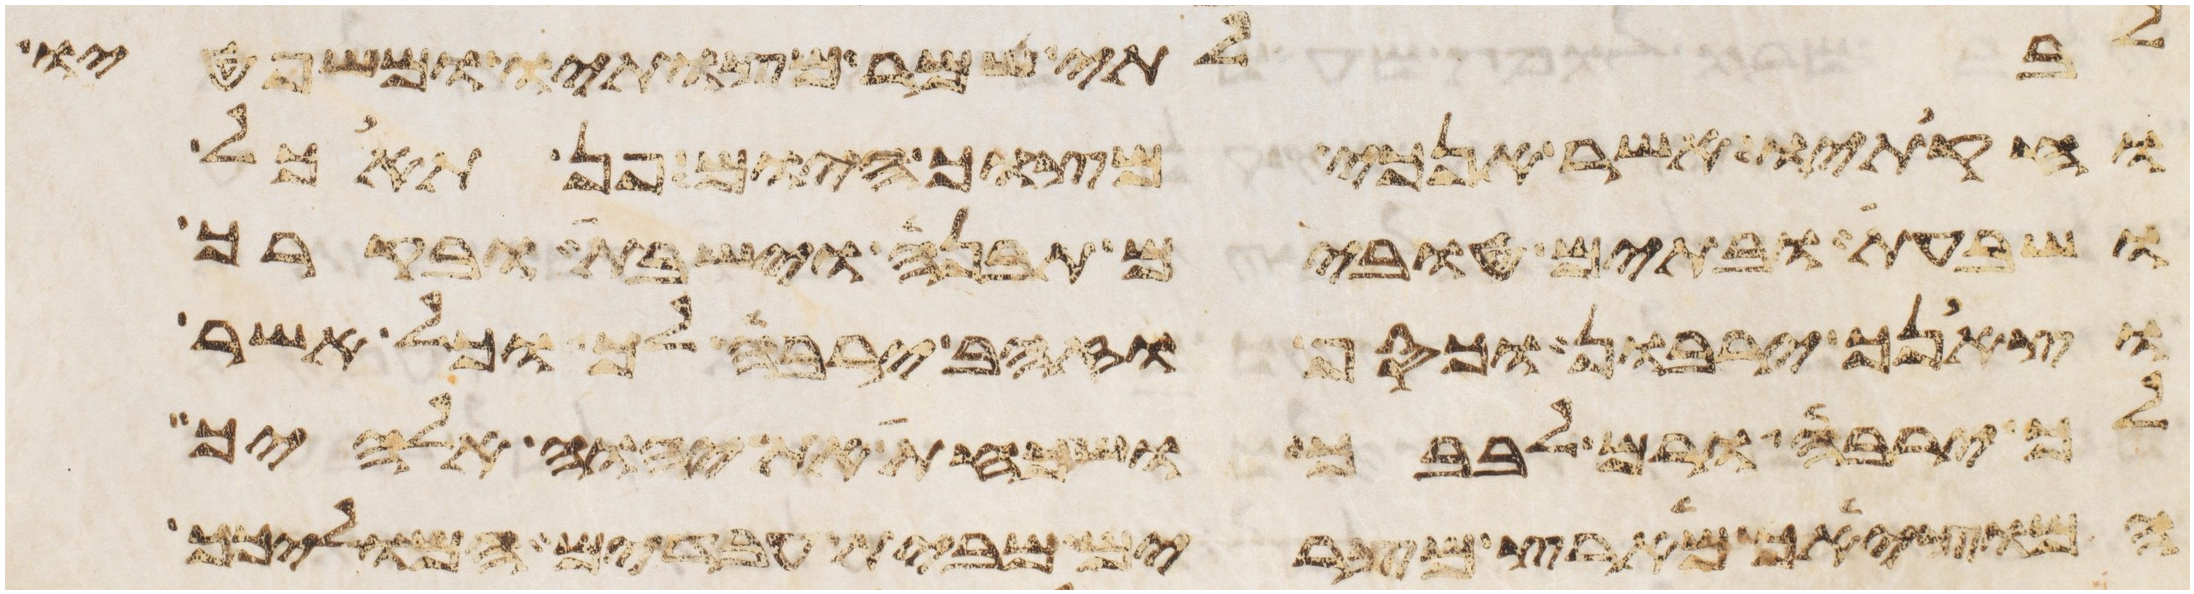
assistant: לבלתי שמר מצותיו ומשפטיו
וחקתיו אשר אנכי מצוך היום פן תאכל
ושבעת ובתים טובים תבנה וישבת ובקרך
וצאנך ירבון וכסף וזהב ירבה לך וכל אשר
לך ירבה ורם לבבך ושכחת את יהוה אלהיך
המוציאך מארץ מצרים מבית עבדים המוליכך